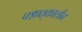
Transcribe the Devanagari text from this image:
पश्चात्‌कालीन